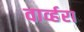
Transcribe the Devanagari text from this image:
वार्व्हरा